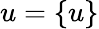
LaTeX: u=\left\{ u\right\}